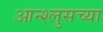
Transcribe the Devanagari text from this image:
आन्श्लुसच्या